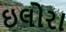
ઇલોરા